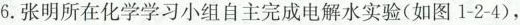
6.张明所在化学学习小组自主完成电解水实验(如图1-2-4)，